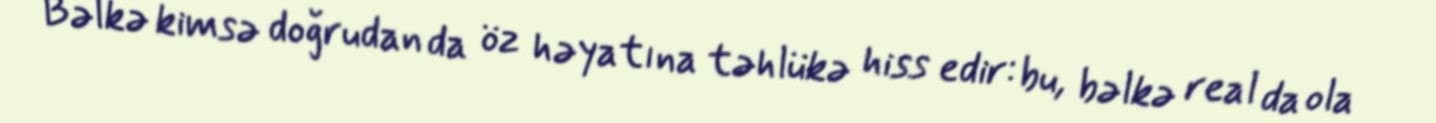
Bəlkə kimsə doğrudan da öz həyatına təhlükə hiss edir: bu, bəlkə real da ola